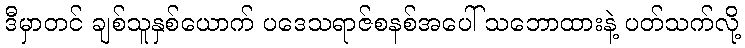
ဒီမှာတင် ချစ်သူနှစ်ယောက် ပဒေသရာဇ်စနစ်အပေါ် သဘောထားနဲ့ ပတ်သက်လို့